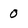
Character: 0